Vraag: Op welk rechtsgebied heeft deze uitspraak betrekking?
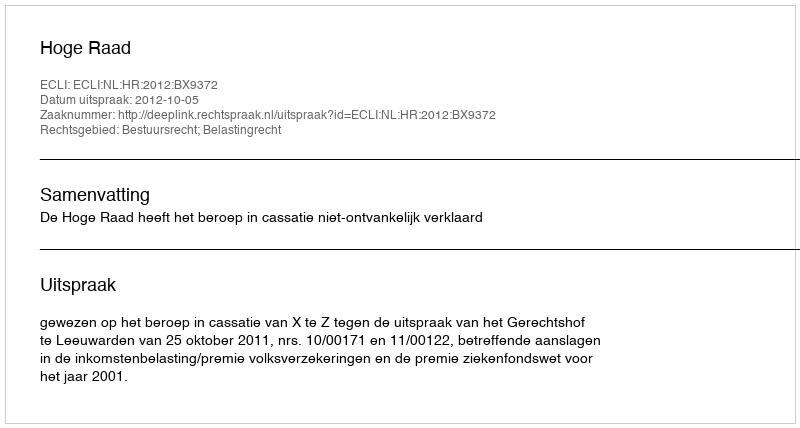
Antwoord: Bestuursrecht; Belastingrecht